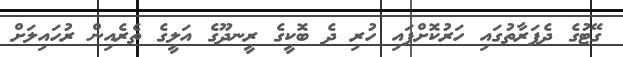
ގޭޓުގެ ދެފަރާތުގައި ހަރުކޮށްފައި ހުރި ދެ ބޮކީގެ ރީނދޫގެ އަލީގެ ތެރެއިން ރުހައިލަށް